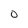
Character: O